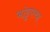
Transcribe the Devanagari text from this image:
भांडुपच्या